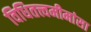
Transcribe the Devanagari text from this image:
विधितत्त्वमीमांसा